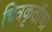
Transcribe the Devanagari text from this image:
चित्रकृतींचा